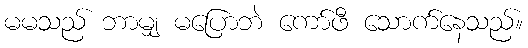
မမသည် ဘာမျှ မပြောဘဲ ကော်ဖီ သောက်နေသည်။